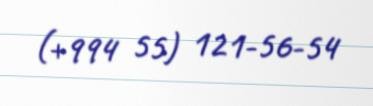
(+994 55) 121-56-54